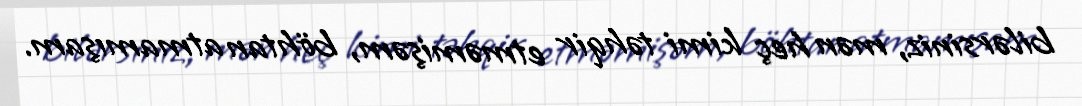
bilərsiniz, mən heç kimi təhqir etməmişəm, böhtan atmamışam.